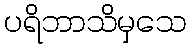
ပရိဘာသိမှသေ